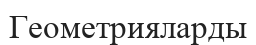
Геометрияларды